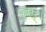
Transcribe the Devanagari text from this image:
वालिन्